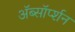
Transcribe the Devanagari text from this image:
ॲब्सॉर्प्शन